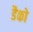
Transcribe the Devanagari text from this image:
डैको